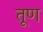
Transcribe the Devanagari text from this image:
तूण